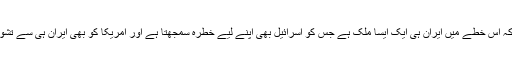
اس کی وجہ یہ ہے کہ اس خطے میں ایران ہی ایک ایسا ملک ہے جس کو اسرائیل بھی اپنے لیے خطرہ سمجھتا ہے اور امریکا کو بھی ایران ہی سے تشویش لاحق رہتی ہے۔